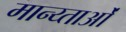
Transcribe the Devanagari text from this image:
मान्य्ताओं